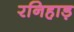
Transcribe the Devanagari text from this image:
रनिहाड़